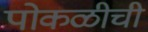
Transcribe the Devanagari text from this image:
पोकळीची